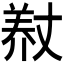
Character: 𮊨